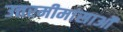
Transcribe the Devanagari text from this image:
उत्तरमीमांसाओं